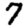
Digit: 7